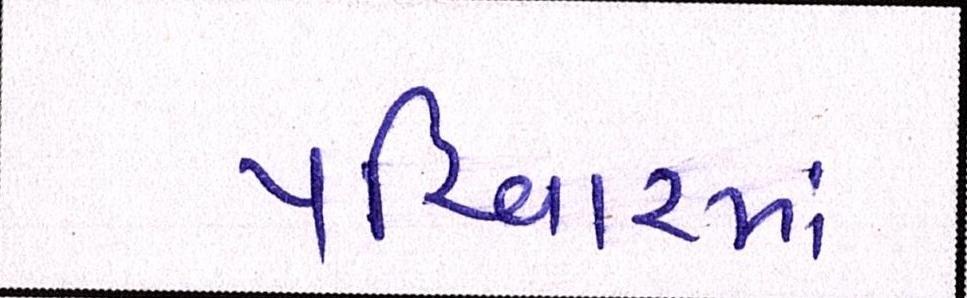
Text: પરિવારમાં